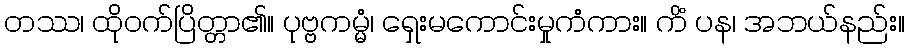
တဿ၊ ထိုဝက်ပြိတ္တာ၏။ ပုဗ္ဗကမ္မံ၊ ရှေးမကောင်းမှုကံကား။ ကိံ ပန၊ အဘယ်နည်း။